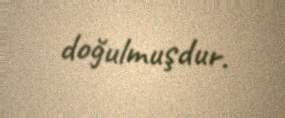
doğulmuşdur.